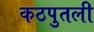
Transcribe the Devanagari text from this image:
कठपुतली